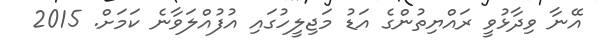
އޭނާ ވިދާޅުވީ ރައްޔިތުންގެ އަޑު މަޖިލީހުގައި އުފުއްލަވާނެ ކަމަށް. 2015